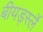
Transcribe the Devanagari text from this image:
बीयर्ड्स्ले